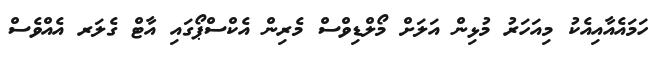
ހަމައެއާއިއެކު މިއަހަރު މުޅިން އަލަށް މޯލްޑިވްސް މެރިން އެކްސްޕޯގައި އާޓް ގެލަރ އެއްވެސް